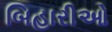
બિહારીઓ